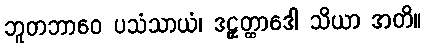
ဘူတဘာဝေ ပသံသာယံ၊ ဒဠှတ္ထာဒေါ သိယာ အတိ။